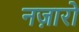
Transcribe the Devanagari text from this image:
नज़ारो